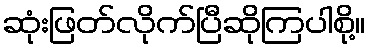
ဆုံးဖြတ်လိုက်ပြီဆိုကြပါစို့။